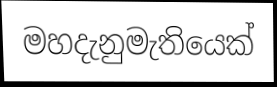
මහදැනුමැතියෙක්